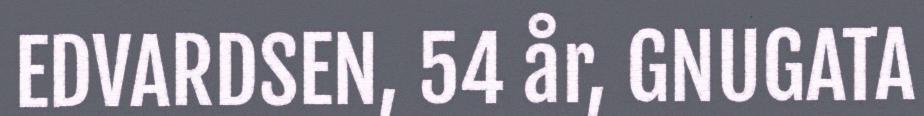
EDVARDSEN, 54 år, GNUGATA